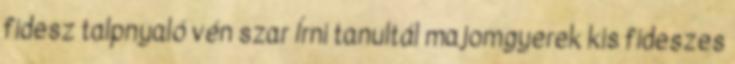
fidesz talpnyaló vén szar Írni tanultál majomgyerek kis fideszes